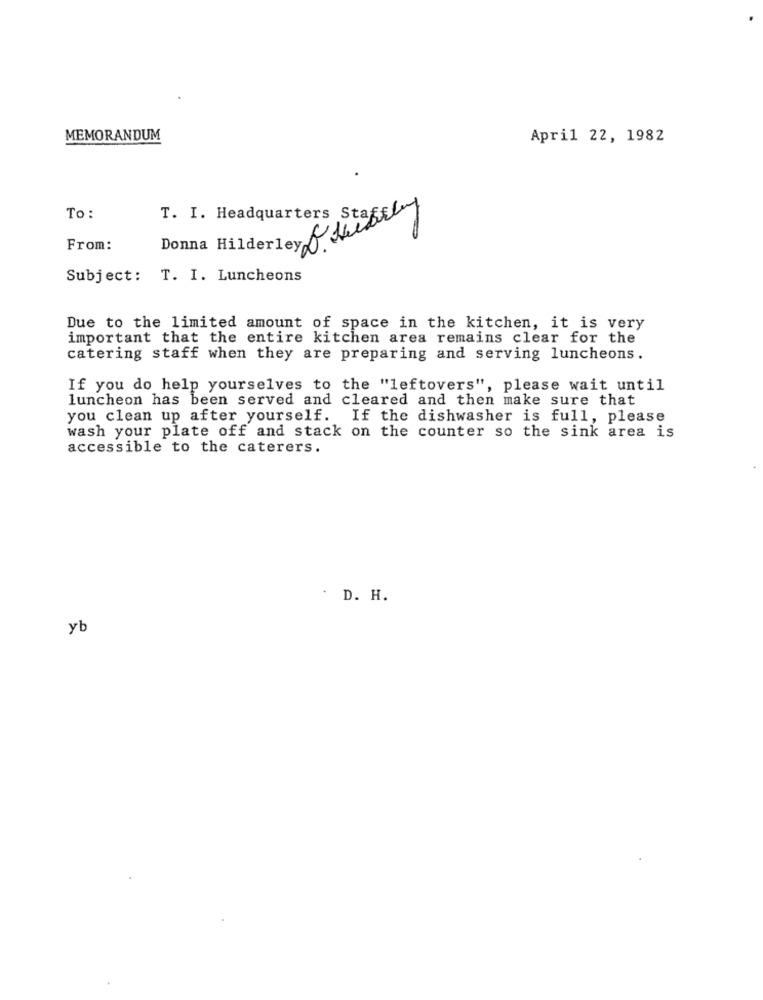
MEMORANDUM
April 22, 1982
To:
T. I. Headquarters Staffley
Donna Hilderley & Heit
From:
Subject: T. I. Luncheons
Due to the limited amount of space in the kitchen, it is very
important that the entire kitchen area remains clear for the
catering staff when they are preparing and serving luncheons.
If you do help yourselves to the "leftovers", please wait until
luncheon has been served and cleared and then make sure that
you clean up after yourself. If the dishwasher is full, please
wash your plate off and stack on the counter so the sink area is
accessible to the caterers.
D. H.
yb